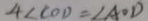
4 \angle C O D = \angle A O D